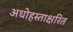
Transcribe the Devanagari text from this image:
अधोहस्ताक्षरित